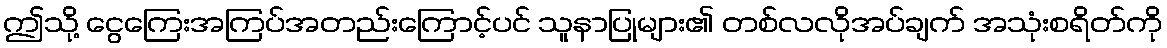
ဤသို့ ငွေကြေးအကြပ်အတည်းကြောင့်ပင် သူနာပြုများ၏ တစ်လလိုအပ်ချက် အသုံးစရိတ်ကို